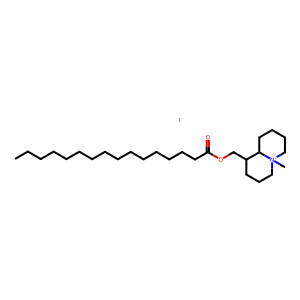
SMILES: CCCCCCCCCCCCCCCC(=O)OCC1CCC[N+]2(C)CCCCC12.[I-]
Inhibits HIV replication: No